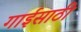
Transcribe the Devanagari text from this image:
गाईसाठी